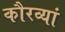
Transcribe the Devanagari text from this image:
कौरव्यां